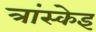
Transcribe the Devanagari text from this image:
त्रांस्केइ